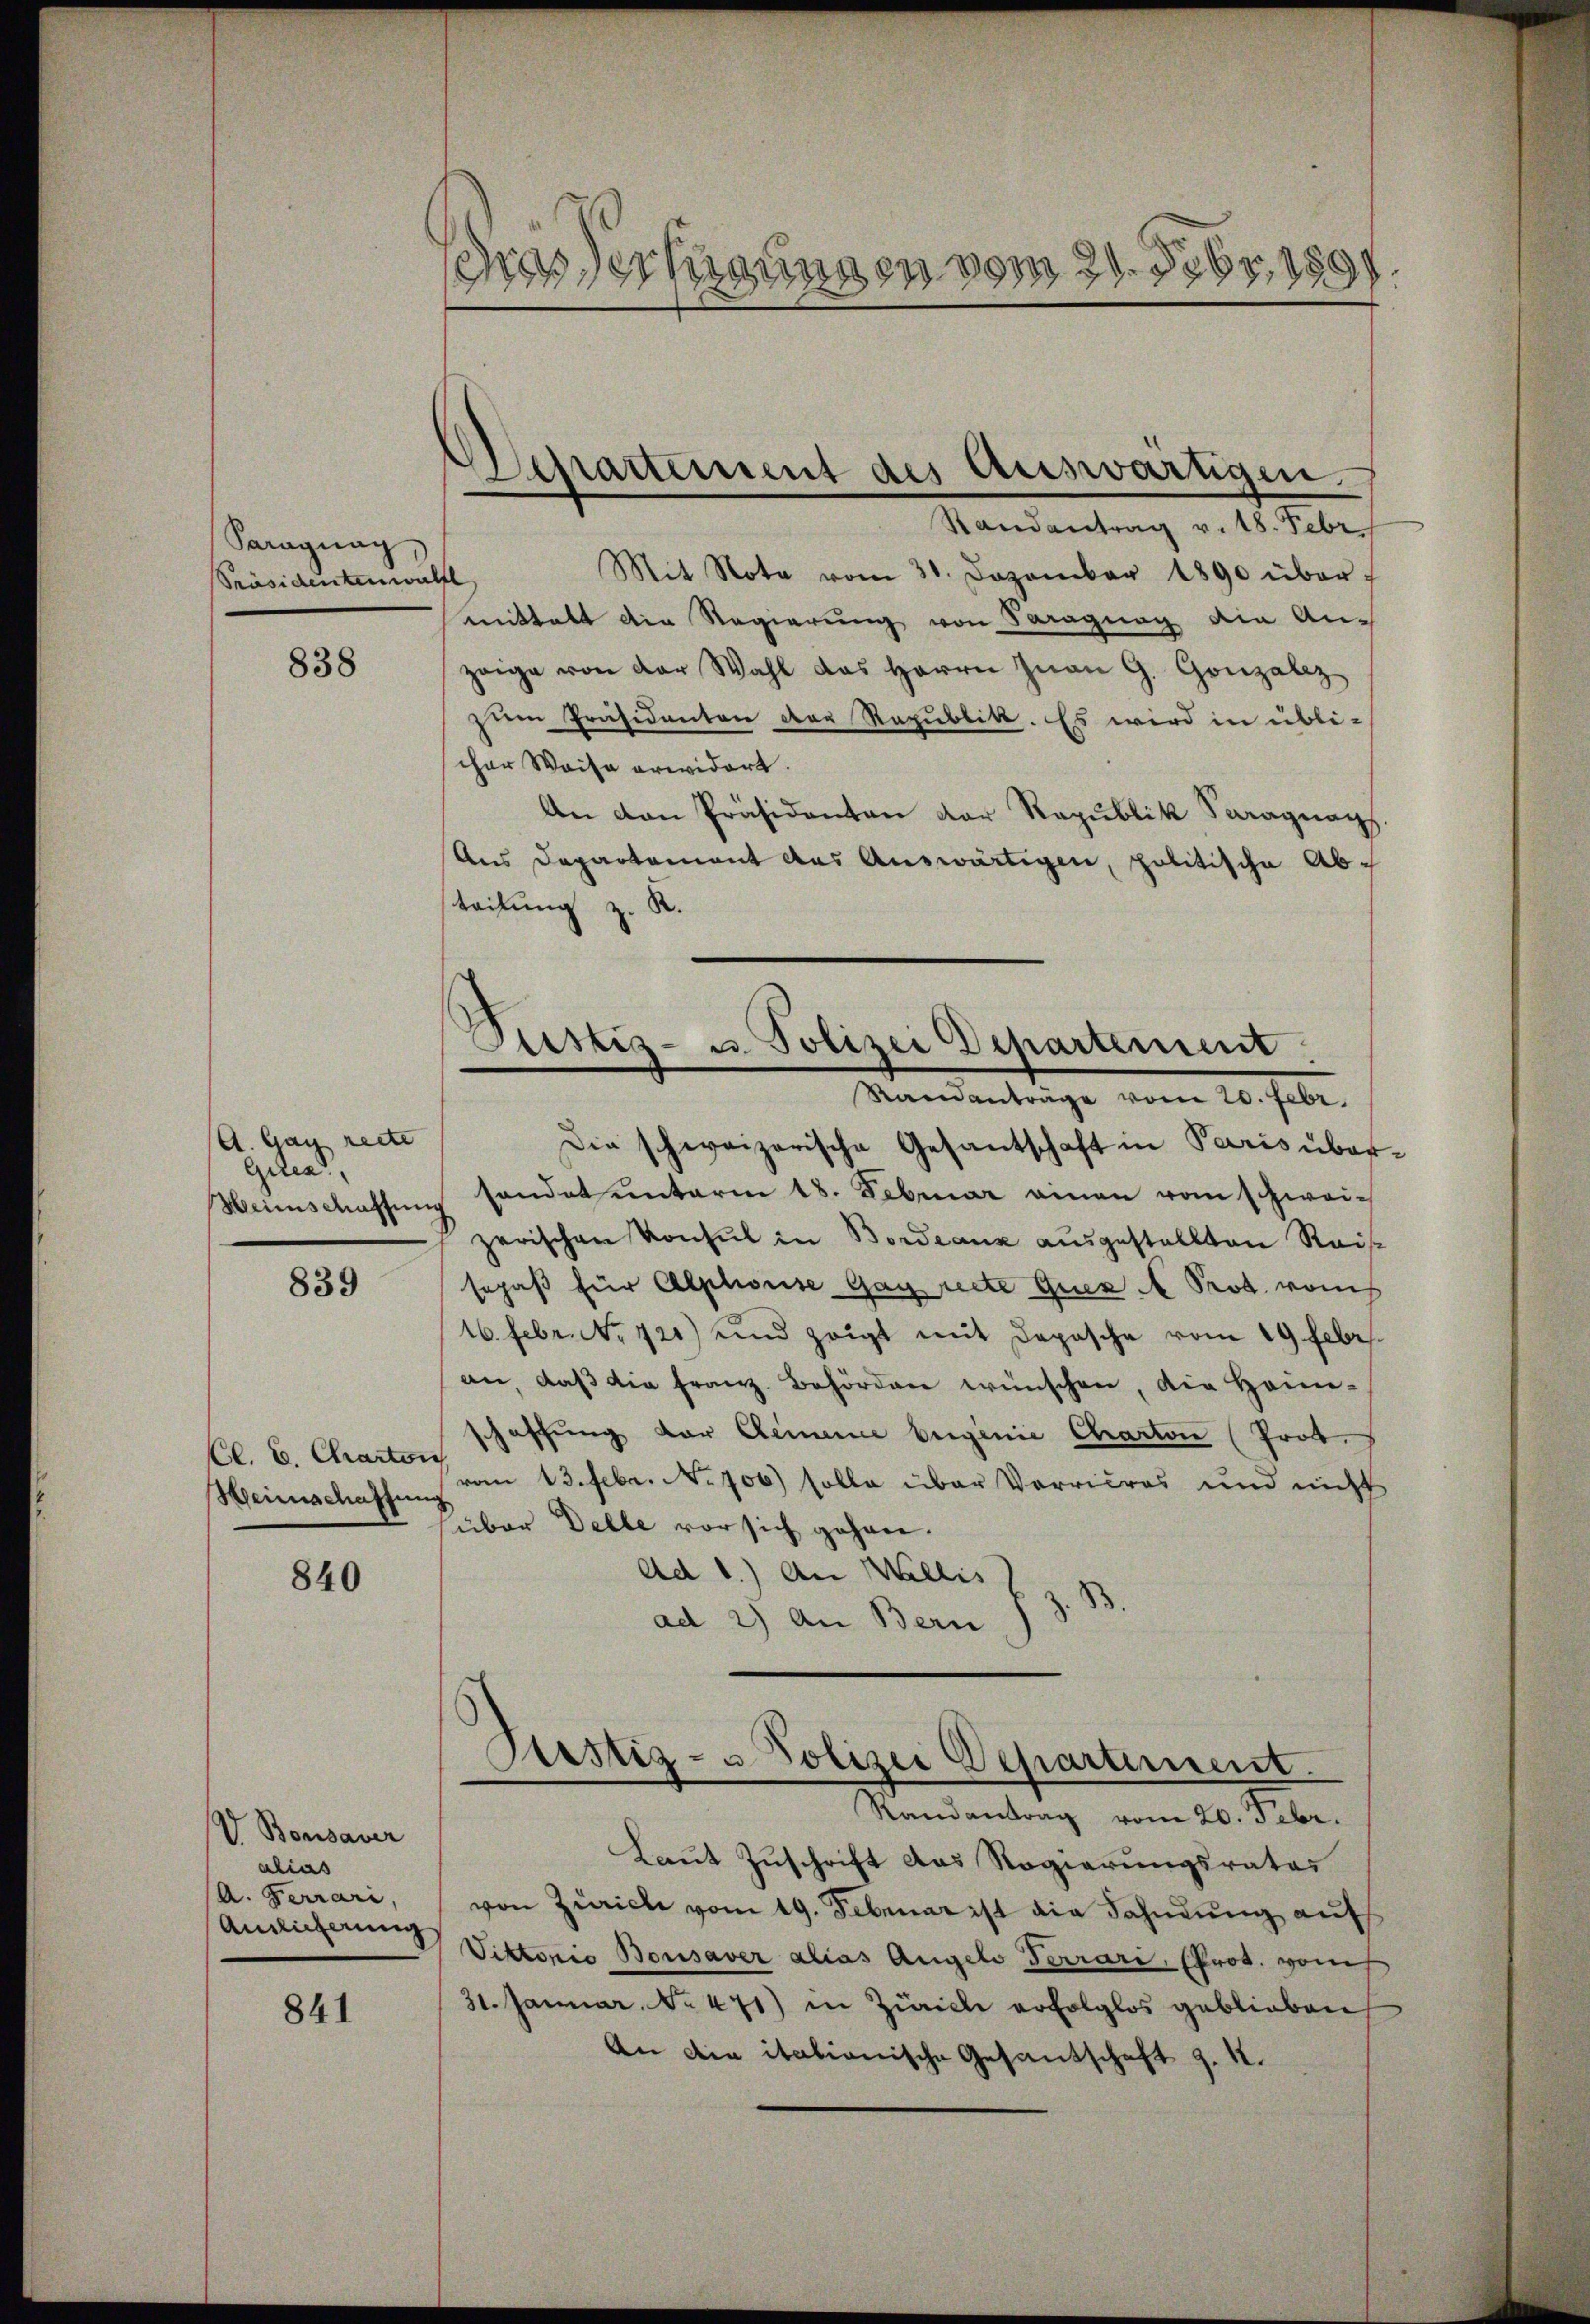
Saragnag
PPräsidentenwall

838

A. Gay recte
Giten
Heimschaffung

839

Cl. C. Charton
Heinschaftung

840

V. Bonsaver
alias
(A. Ferrari,
Annlicherung

841

rasserungen vom 21. Febr. 1891.

Mit Note vom 31. Dezember 1890 über-
mittalt die Regierung von Paragung ain An-
zeige von der Wahl das Herrn Juan G. Gonzalez
zum Präsidenten der Republik. Es wird in übli-
cher Waise erwidert.
An den Präsidenten der Republik Saraguag
Ans Departement aus Auswärtigen, politische Ab¬
8.
teilung
Die schweizerische Gesantschaft in Paris übersandet unterm 18. Februar einen vom schweizerischen Konsul in Bordeaux ausgestellten Reissopaß für Alphouise Gag recte Quez A Prod. vom
16. Febr. No. 121) und zeigt mit Depesche vom 19. Febr.
an, daβ die franz Behörden wünschen, die Heinschaffung der Gemeine Eigenie Charton (Prot.
vom 13. Febr. No 706) solle über Vorricres und nicht
über Delle vor sich gehen.
Ad 1.) An Wallis
ad 2) An Bern

Departement des Auswärtigen.
Randantrag v. 18. Febr.

Sistiz- u. Polizei Departement
Ramanträge vom 20. Febr.

Pustiz- u. Polizei Departement.

Randantrag vom 20. Febr.
Laut Zuschrift das Regierungsrates
von Zürich vom 19. Februar ist die Fahndung auf
Viktorio Bousaver alias Angelo Terrari, (Prot. vom
31. Januar. No. 471) in Züricli erfolglos geblieben
An die italianische Gesantschaft z. K.